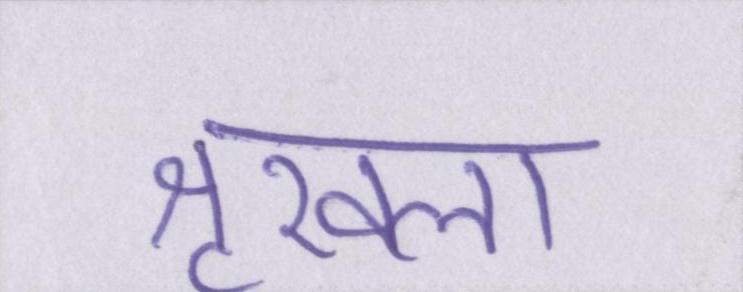
शृखला